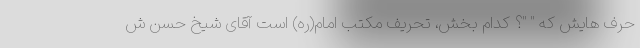
حرف هایش که " "؟ کدام بخش، تحریف مکتب امام(ره) است آقای شیخ حسن ش